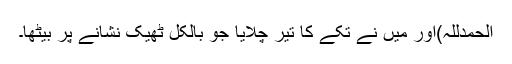
الحمدللہ)اور میں نے تکے کا تیر چلایا جو بالکل ٹھیک نشانے پر بیٹھا۔